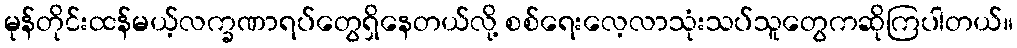
မုန်တိုင်းထန်မယ့်လက္ခဏာရပ်တွေရှိနေတယ်လို့ စစ်ရေးလေ့လာသုံးသပ်သူတွေကဆိုကြပါတယ်။